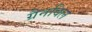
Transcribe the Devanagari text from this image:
ग्रैनविल